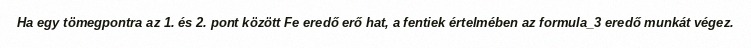
Ha egy tömegpontra az 1. és 2. pont között Fe eredő erő hat, a fentiek értelmében az formula_3 eredő munkát végez.